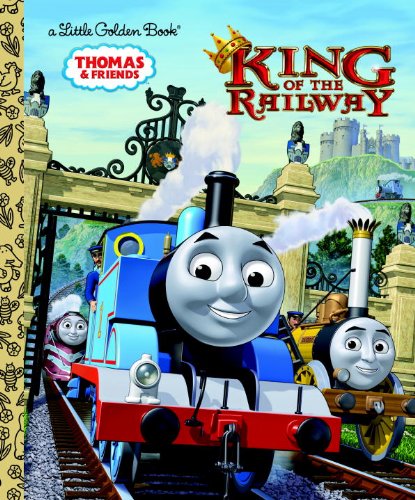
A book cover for King of the Railway (Thomas & Friends) (Little Golden Book); Rev. W. Awdry; Children's Books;